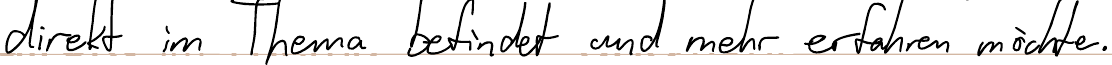
direkt im Thema befindet und mehr erfahren möchte.